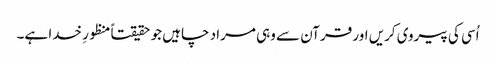
اُسی کی پیروی کریں اور قرآن سے وہی مراد چاہیں جو حقیقتاً منظورِ خدا ہے۔